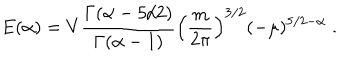
LaTeX: E ( \alpha ) = V \frac { \Gamma ( \alpha - 5 / 2 ) } { \Gamma ( \alpha - 1 ) } \left( \frac { m } { 2 \pi } \right) ^ { 3 / 2 } ( - \mu ) ^ { 5 / 2 - \alpha } \; .